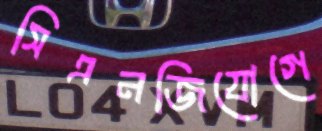
সিএনজিযোগে